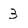
Character: 3